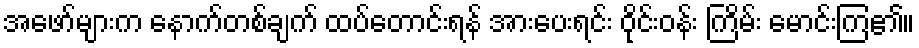
အဖော်များက နောက်တစ်ချက် ထပ်တောင်းရန် အားပေးရင်း ဝိုင်းဝန်း ကြိမ်း မောင်းကြ၏။